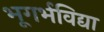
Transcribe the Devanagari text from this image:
भूगर्भविद्या